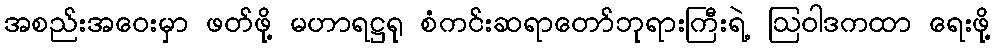
အစည်းအဝေးမှာ ဖတ်ဖို့ မဟာရဋ္ဌရု စံကင်းဆရာတော်ဘုရားကြီးရဲ့ ဩဝါဒကထာ ရေးဖို့